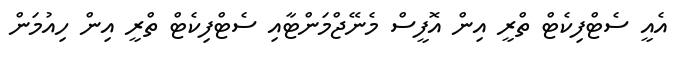
އެއީ ސެޓްފިކެޓް ތްރީ އިން އޮފީސް މެނޭޖްމަންޓާއި ސެޓްފިކެޓް ތްރީ އިން ހިއުމަން